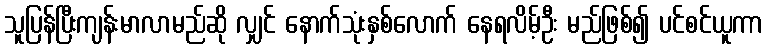
သူပြန်ပြီးကျန်းမာလာမည်ဆို လျှင် နောက်သုံးနှစ်လောက် နေရလိမ့်ဦး မည်ဖြစ်၍ ပင်စင်ယူကာ